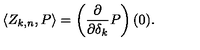
\langle Z _ { k , n } , P \rangle = \left( { \frac { \partial } { \partial \delta _ { k } } } P \right) ( 0 ) .